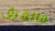
مالفرق